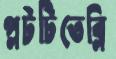
প্লটটিতেব্লি